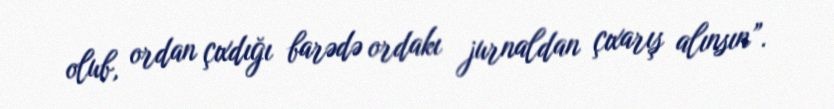
olub, ordan çıxdığı barədə ordakı jurnaldan çıxarış alınsın”.